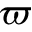
\boldsymbol { \varpi }